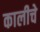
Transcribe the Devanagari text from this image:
कालीचे